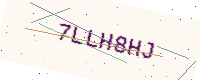
Text: 7LLH8HJ